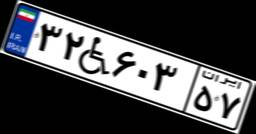
۳۲W۶۰۳۵۷